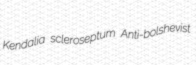
Kendalia scleroseptum Anti-bolshevist